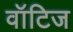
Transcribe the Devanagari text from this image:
वॉटिज